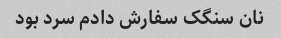
نان سنگک سفارش دادم سرد بود